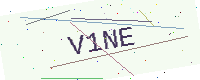
Text: V1NE